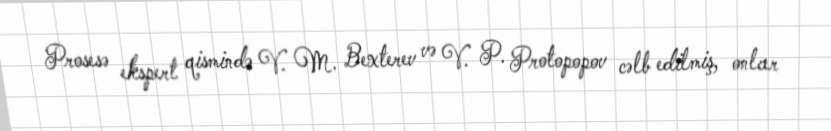
Prosesə ekspert qismində V. M. Bexterev və V. P. Protopopov cəlb edilmiş, onlar